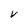
Character: V